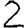
Digit: 2